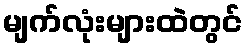
မျက်လုံးများထဲတွင်